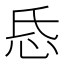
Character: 𢗪